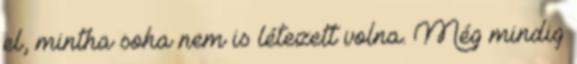
el, mintha soha nem is létezett volna. Még mindig